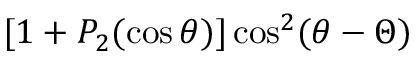
[ 1 + P _ { 2 } ( \cos \theta ) ] \cos ^ { 2 } ( \theta - \Theta )